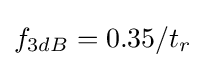
f_{3dB}=0.35/t_{r}